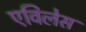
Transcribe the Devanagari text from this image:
एविलेस